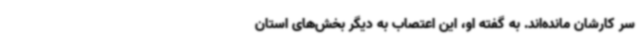
سر کارشان مانده‌اند. به گفته او، این اعتصاب به دیگر بخش‌های استان